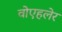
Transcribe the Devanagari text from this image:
वोएहलेर